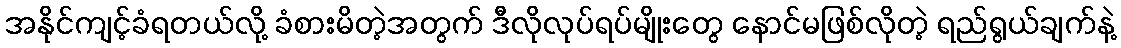
အနိုင်ကျင့်ခံရတယ်လို့ ခံစားမိတဲ့အတွက် ဒီလိုလုပ်ရပ်မျိုးတွေ နောင်မဖြစ်လိုတဲ့ ရည်ရွယ်ချက်နဲ့